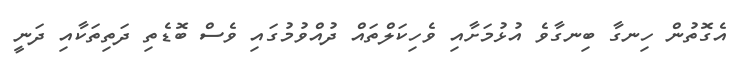
އެގޮތުން ހިނގާ ބިނގާވެ އުޅުމަށާއި ވެހިކަލްތައް ދުއްވުމުގައި ވެސް ބޮޑެތި ދަތިތަކާއި ދަނީ